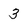
Character: 3